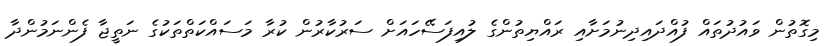
މިގޮތުން ވައުދުތައް ފުއްދައިދިނުމަށާއި ރައްޔިތުންގެ ލުއިފަސޭހައަށް ސަރުކާރުން ކުރާ މަސައްކަތްތަކުގެ ނަތީޖާ ފެންނަމުންދާ